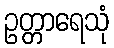
ဥတ္တာရေသုံ